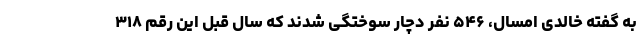
به گفته خالدی امسال، ۵۴۶ نفر دچار سوختگی شدند که سال قبل این رقم ۳۱۸